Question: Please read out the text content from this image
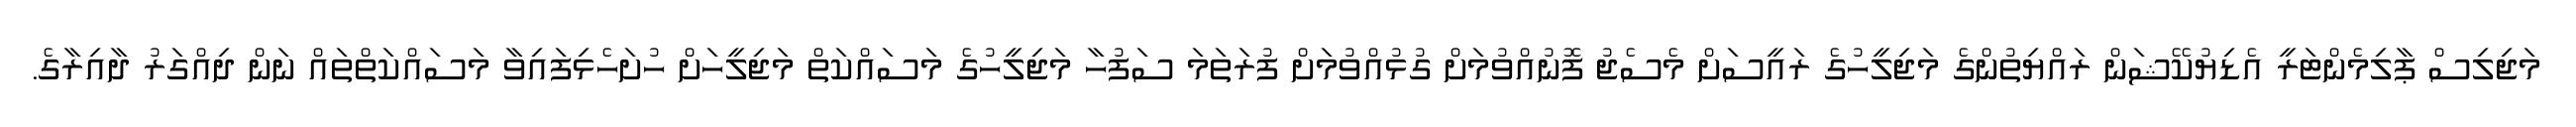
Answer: މަޖިލިސް ޕާލިމެންޓަރީ އެޑިޔުކޭޝަން ރައްޔިތުންގެ މަޖިލީހުގެ ރައީސަށް މެސެޖު ފޮނުއްވުމަށް ގުޅުއްވުމަށް ފުރަތަމަ ސަފުހާ މަޖިލީހުގެ މަސައްކަތް މަޖިލީހަށް ހުށަހެޅިފައިވާ މަސައްކަތްތައް ނަން ދިއްގަރު ދާއިރާގެ.